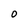
Character: 0